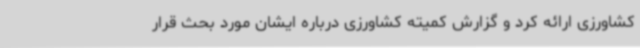
کشاورزی ارائه کرد و گزارش کمیته کشاورزی درباره ایشان مورد بحث قرار